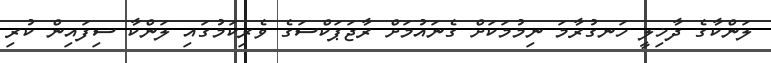
ލަންކާގެ ދާޚިލީ ހަނގުރާމަ ނިމުމަކަށް ގެނައުމަށް ރާޖަޕަކްސަގެ ވެރިކަމުގައި ލަންކާ ސިފައިން ކުރި